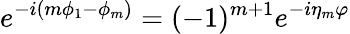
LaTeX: e^{-i(m\phi_{1}-\phi_{m})}=(-1)^{m+1}e^{-i\eta_{m}\varphi}